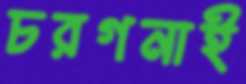
চরগনাই